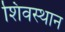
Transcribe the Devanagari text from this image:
शिवस्थान